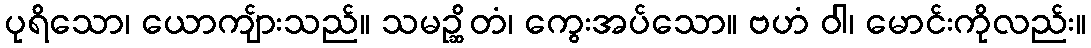
ပုရိသော၊ ယောကျ်ားသည်။ သမဉ္ဆိတံ၊ ကွေးအပ်သော။ ဗဟံ ဝါ၊ မောင်းကိုလည်း။